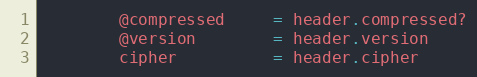
Language: Ruby
        @compressed     = header.compressed?
        @version        = header.version
        cipher          = header.cipher